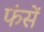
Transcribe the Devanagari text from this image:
फंसें